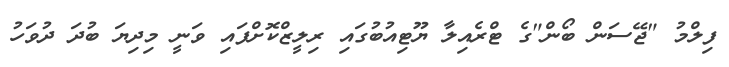
ފިލްމު "ޖޭސަން ބޯން"ގެ ޓްރެއިލާ ޔޫޓިއުބުގައި ރިލީޒްކޮށްފައި ވަނީ މިދިޔަ ބުދަ ދުވަހު